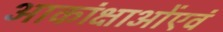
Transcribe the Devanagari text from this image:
आकांक्षाओंएवं